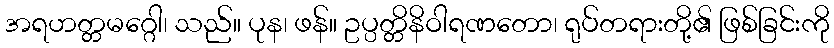
အရဟတ္တမဂ္ဂေါ၊ သည်။ ပုန၊ ဖန်။ ဥပ္ပတ္တိနိဝါရဏတော၊ ရုပ်တရားတို့၏ ဖြစ်ခြင်းကို